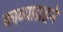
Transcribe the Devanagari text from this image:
काव्याग्रहने